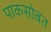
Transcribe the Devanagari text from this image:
पाकसोबत